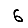
Digit: 6